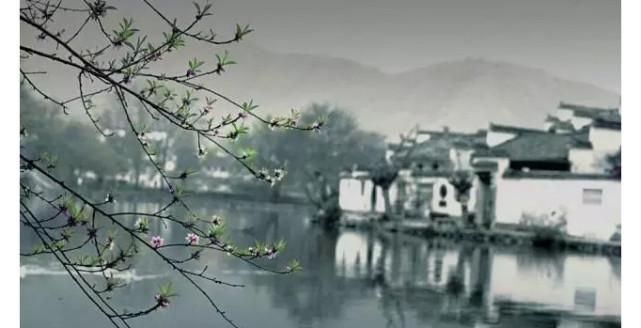
天与水违行，讼君子以作事谋始。